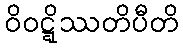
ဝိဝဋ္ဋိဿတိပီတိ